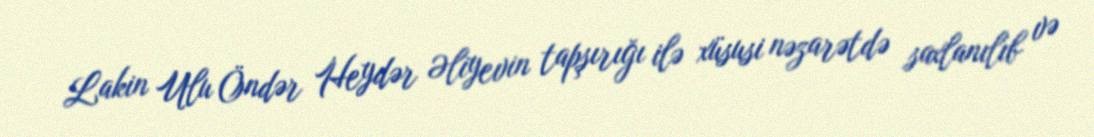
Lakin Ulu Öndər Heydər Əliyevin tapşırığı ilə xüsusi nəzarətdə saxlanılıb və